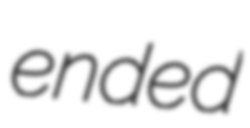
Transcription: ended